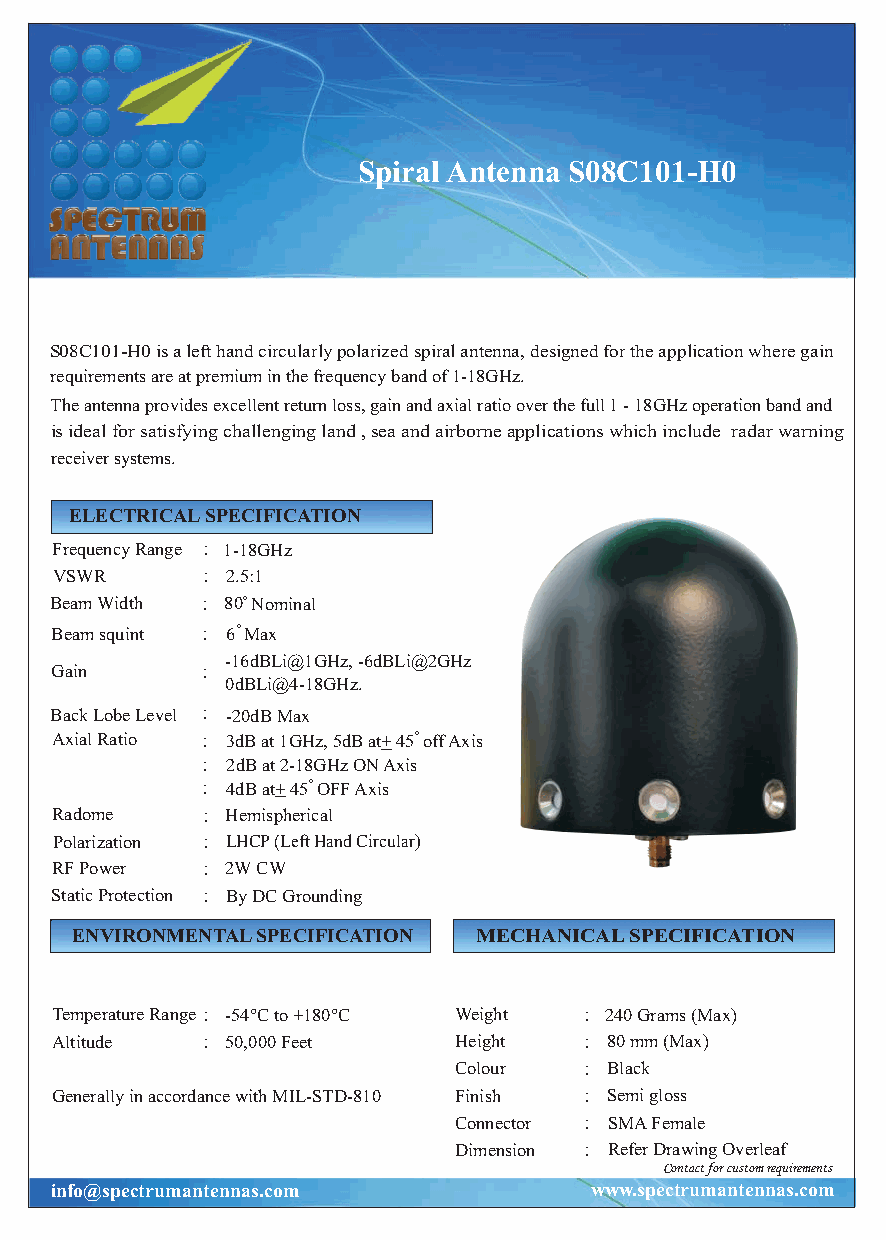
SpiralAntenna S08C101-H0
 S08C101-H0isalefthandcircularlypolarizedspiralantenna,designedfortheapplicationwheregain
 requirementsareatpremiuminthefrequencybandof1-18GHz.
 Theantennaprovidesexcellentreturnloss,gainandaxialratiooverthefull1-18GHzoperationbandand
 isidealforsatisfyingchallengingland,seaandairborneapplicationswhichinclude radarwarning
 receiversystems.
 ELECTRICALSPECIFICATION
 FrequencyRange : 1-18GHz
 VSWR      : 2.5:1
 BeamWidth : 80oNominal
 Beamsquint : 6oMax
 -16dBLi@1GHz,-6dBLi@2GHz
 Gain      :
 0dBLi@4-18GHz.
 BackLobeLevel : -20dBMax
 AxialRatio : 3dBat1GHz,5dBat+45ooffAxis
 : 2dBat2-18GHzONAxis
 : 4dBat+45oOFFAxis
 Radome    : Hemispherical
 Polarization : LHCP(LeftHandCircular)
 RFPower   : 2WCW
 StaticProtection : ByDCGrounding
 ENVIRONMENTALSPECIFICATION MECHANICALSPECIFICATION
 TemperatureRange : -54°Cto+180°C Weight : 240Grams(Max)
 Altitude  : 50,000Feet     Height   : 80mm(Max)
 Colour   : Black
 GenerallyinaccordancewithMIL-STD-810 Finish : Semigloss
 Connector : SMAFemale
 Dimension : ReferDrawingOverleaf
 Contactforcustomrequirements
 info@spectrumantennas.com           www.spectrumantennas.com